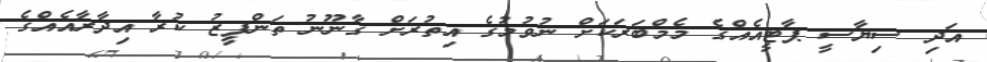
އަދި ސިޔާސީ ޕާޓީއެއްގެ މެމްބަރަކަށް ނުވުމުގެ އިތުރަށް ގާނޫނު ތަންފީޒު ކުރާ އިދާރާއެއްގެ